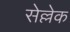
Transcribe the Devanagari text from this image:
सेल्लेक